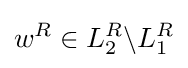
w^{R}\in L_{2}^{R}\backslash L_{1}^{R}